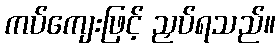
ကပ်ကျေးဖြင့် ညှပ်ရသည်။